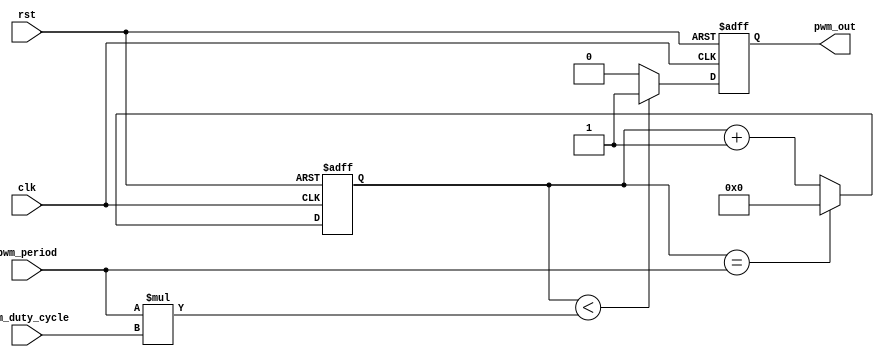
module pwm_timer (
  input wire clk,   // system clock input
  input wire rst,   // reset signal input
  input wire pwm_period,   // PWM period input
  input wire pwm_duty_cycle,   // PWM duty cycle input
  output reg pwm_out   // PWM output signal
);

  // Clock divider module
  reg [15:0] pwm_counter;
  reg pwm_clk_div;
  
  always @(posedge clk or posedge rst) begin
    if (rst) begin
      pwm_counter <= 16'h0000;
      pwm_clk_div <= 1'b0;
    end
    else begin
      if (pwm_counter == pwm_period) begin
        pwm_counter <= 16'h0000;
        pwm_clk_div <= ~pwm_clk_div;
      end
      else begin
        pwm_counter <= pwm_counter + 1;
      end
    end
  end
  
  // PWM signal generation module
  always @(posedge clk or posedge rst) begin
    if (rst) begin
      pwm_out <= 1'b0;
    end
    else begin
      if (pwm_counter < pwm_period * pwm_duty_cycle) begin
        pwm_out <= 1'b1;
      end
      else begin
        pwm_out <= 1'b0;
      end
    end
  end

endmodule